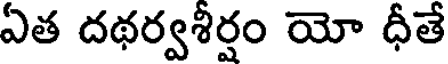
ఏత దథర్వశీర్షం యో ధీతే